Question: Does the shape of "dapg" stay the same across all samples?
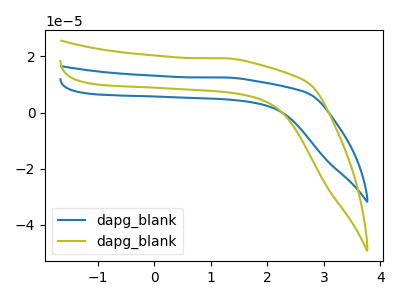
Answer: <think>The blue curve "dapg_blank1" has no peaks. The olive curve "dapg_blank2" has no peaks.
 Neither "dapg_blank1" or "dapg_blank2" have any peaks.</think>
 <answer>All the CV's of "dapg" have similar shape.</answer>
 <eval>follow_rule</eval>